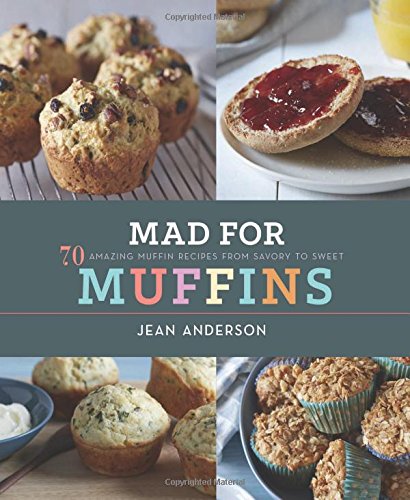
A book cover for Mad for Muffins: 70 Amazing Muffin Recipes from Savory to Sweet; Jean Anderson; Cookbooks, Food & Wine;